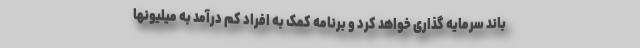
باند سرمایه گذاری خواهد کرد و برنامه کمک به افراد کم درآمد به میلیونها